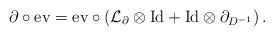
LaTeX: \begin{align*} \partial \circ \mathrm{ev} = \mathrm{ev} \circ (\mathcal L_\partial \otimes \mathrm{Id} + \mathrm{Id} \otimes \partial_{D^{-1}})\,. \end{align*}